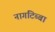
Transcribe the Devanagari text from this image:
नागटिब्बा